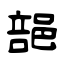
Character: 郶